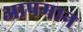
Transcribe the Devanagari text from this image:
आपमान